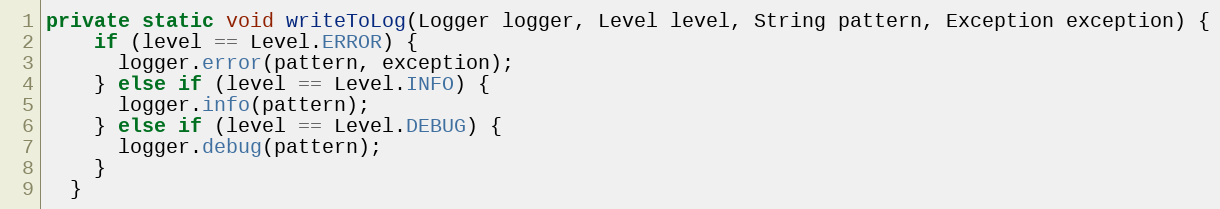
Language: Java
private static void writeToLog(Logger logger, Level level, String pattern, Exception exception) {
    if (level == Level.ERROR) {
      logger.error(pattern, exception);
    } else if (level == Level.INFO) {
      logger.info(pattern);
    } else if (level == Level.DEBUG) {
      logger.debug(pattern);
    }
  }